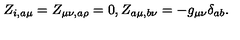
Z _ { i , a \mu } = Z _ { \mu \nu , a \rho } = 0 , Z _ { a \mu , b \nu } = - g _ { \mu \nu } \delta _ { a b } .